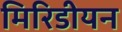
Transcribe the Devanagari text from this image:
मिरिडीयन